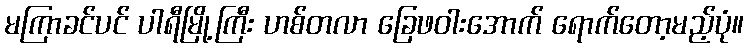
မကြာခင်ပင် ပါရီမြို့ကြီး ဟစ်တလာ ခြေဖဝါးအောက် ရောက်တော့မည့်ပုံ။